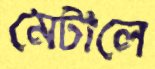
মেটালে